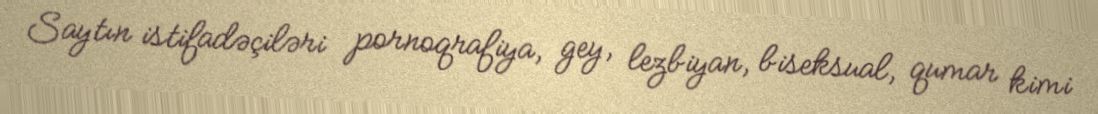
Saytın istifadəçiləri pornoqrafiya, gey, lezbiyan, biseksual, qumar kimi